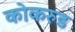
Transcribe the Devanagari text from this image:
कोकरुड